Report on enteric fever
Disease focus: Fever
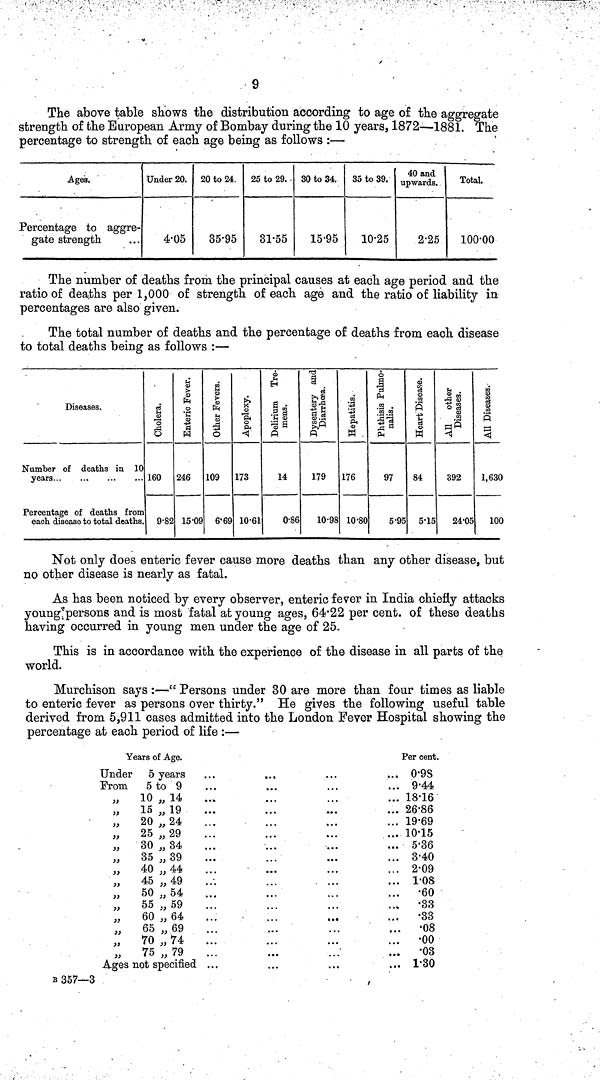
9
The above table shows the distribution according to age of the aggregate
strength of the European Army of Bombay during the 10 years, 1872—1881. The
percentage to strength of each age being as follows :—
Ages.
Percentage to aggre-
gate strength
Under 20.
4.05
20 to 24.
35.95
25 to 29. .
3155.
30 to 34.
15.95
35 to 39.
10.25
40 and
upwards.
2.25
Total.
100.00
The number of deaths from the principal causes at each age period and the
ratio of deaths per 1,000 of strength of each age and the ratio of liability in
percentages are also given.
The total number of deaths and the percentage of deaths from each disease
to total deaths being as follows :—
Diseases.
Number of deaths in 10
years
Percentage of deaths from
each disease to total deaths.
Cholera.
160
9.82
Enteric Fevers.
246
15.09
Other Fevers.
109
6. .9
Apoplexy.
173
10.61
Delirium re-
mens.
14
0.86
Dysentery and Diarrhoea.
179
10.98
Hepatitis.
176
10.80
Phthisis
lumonalis.
97
5.95
Heart
Disease.
84
5.15
All other
Diseases.
392
24.05
All Diseases.
1,630
100
Not only does enteric fever cause more deaths than any other disease, but
no other disease is nearly as fatal.
As has been noticed by every observer, enteric fever in India chiefly attacks
young persons and is most fatal at young ages, 64.22 per cent. of these deaths
having occurred in young men under the age of 25.
This is in accordance with the experience of the disease in all parts of the
world.
Murchison says :—" Persons under 30 are more than four times as liable
to enteric fever as persons over thirty." He gives the following useful table
derived from 5,911 cases admitted into the London Fever Hospital showing the
percentage at each period of life :—
Years of Age.
Under 5 years
From
5 to 9
„
10 „ 14
„
15 „ 19
„
20,24
„
25 „ 29
„
30 „ 34
„
35 „ 39
„
40 „44
„
45 „ 49
„
50 „ 54
„
55 „ 59
„
60 „ 64
„
65 „69
„
70 „ 74
»
75 „ 79
Ages not specified
Per cent.
0.98
944
18..16
26.86
19.69
10.15
5.36
3.40
2.09
1.08
•60
•33
•33
•08
•00
•03
1.30
B 357—3